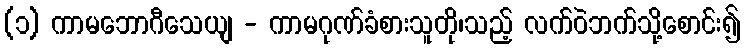
(၁) ကာမဘောဂီသေယျ - ကာမဂုဏ်ခံစားသူတို၊သည့် လက်ဝဲဘက်သို့စောင်း၍